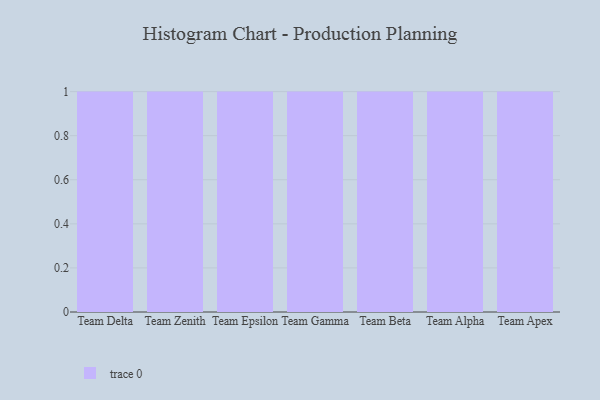
{"axis": {"x": "Team", "y": "Inventory Turnover"}, "legend": [""], "data": [{"x": "Team Delta", "y": 15, "type": ""}, {"x": "Team Zenith", "y": 87, "type": ""}, {"x": "Team Epsilon", "y": 14, "type": ""}, {"x": "Team Gamma", "y": 1, "type": ""}, {"x": "Team Beta", "y": 51, "type": ""}, {"x": "Team Alpha", "y": 56, "type": ""}, {"x": "Team Apex", "y": 96, "type": ""}]}